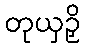
တုယှဉှိ